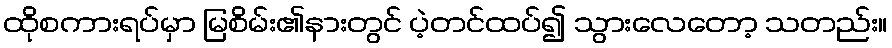
ထိုစကားရပ်မှာ မြစိမ်း၏နားတွင် ပဲ့တင်ထပ်၍ သွားလေတော့ သတည်း။